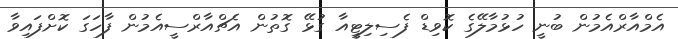
އެމްއާރްއެމުން ބުނީ ހުޅުމާލޭގެ ކޮވިޑް ފެސިލިޓީއާ ގުޅޭ ގޮތުން އެޗްއާރްސީއެމުން ފާހަގަ ކޮށްފައިވާ